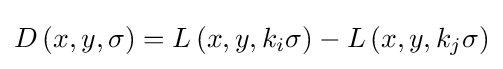
D\left(x,y,\sigma \right)=L\left(x,y,k_{i}\sigma \right)-L\left(x,y,k_{j}\sigma \right)